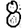
Digit: 8